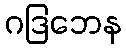
ဂဒြဘေန